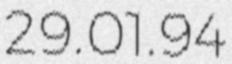
29.01.94